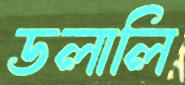
ডলালি